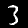
Label: 3